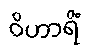
ဝိဟာရိံ